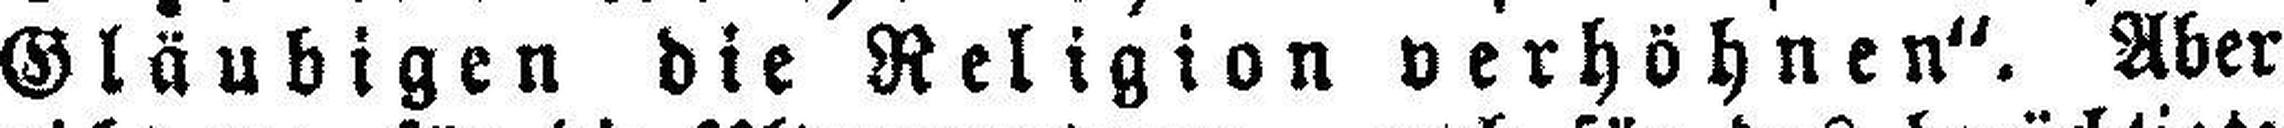
Gläubigen die Religion verhöhnen“. Aber